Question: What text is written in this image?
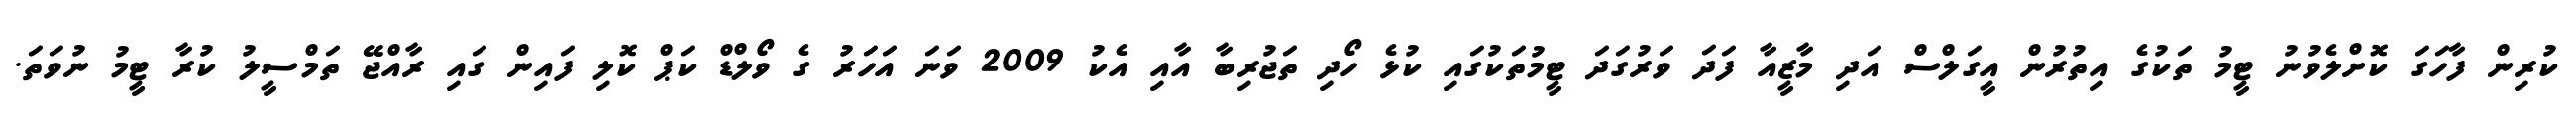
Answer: ކުރިން ފާހަގަ ކޮށްލެވުނު ޓީމު ތަކުގެ އިތުރުން އީގަލްސް އަދި މާޒީއާ ފަދަ ވަރުގަދަ ޓީމުތަކުގައި ކުޅެ ހޯދި ތަޖުރިބާ އާއި އެކު 2009 ވަނަ އަހަރު ގެ ވޯލްޑް ކަޕް ކޮލި ފައިން ގައި ރާއްޖޭ ތަމްސީލު ކުރާ ޓީމު ނުވަތަ.